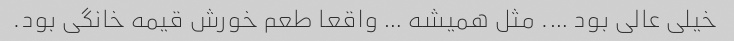
خیلی عالی بود …. مثل همیشه … واقعا طعم خورش قیمه خانگی بود.